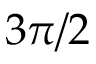
3 \pi / 2